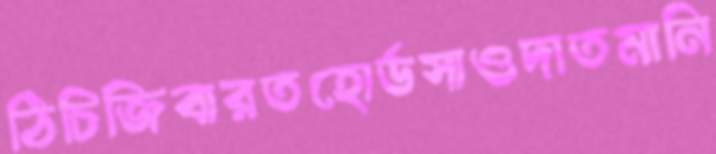
ঠিচিজিবারতহোর্ডসাওদাতমানি